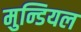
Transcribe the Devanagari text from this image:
मुन्डियल